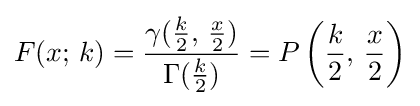
F(x;\,k)={\frac {\gamma ({\frac {k}{2}},\,{\frac {x}{2}})}{\Gamma ({\frac {k}{2}})}}=P\left({\frac {k}{2}},\,{\frac {x}{2}}\right)